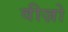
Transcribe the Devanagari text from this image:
वीज़ो